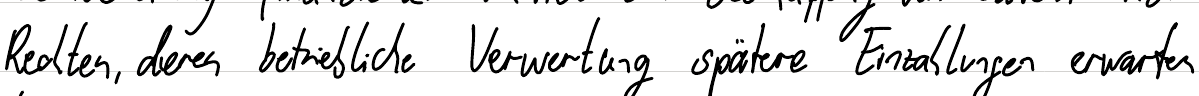
Rechten, deren betriebliche Verwertung spätere Einzahlungen erwarten